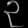
Digit: ၃